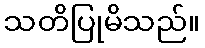
သတိပြုမိသည်။